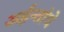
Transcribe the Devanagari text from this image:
अर्हन्तांचे